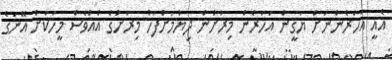
އެއީ އަހަރެންނަށް ޔަޤީން އަހަރެން މިރަށުން ދިޔުމަށްފަހު މިރަށުގެ އެއްވެސް މީހަކަށް އޭނަގެ